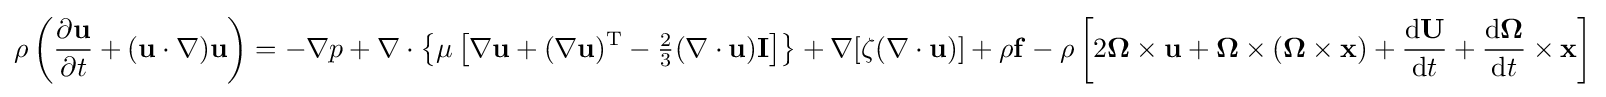
\rho \left({\frac {\partial \mathbf {u} }{\partial t}}+(\mathbf {u} \cdot \nabla )\mathbf {u} \right)=-\nabla p+\nabla \cdot \left\{\mu \left[\nabla \mathbf {u} +(\nabla \mathbf {u} )^{\mathrm {T} }-{\tfrac {2}{3}}(\nabla \cdot \mathbf {u} )\mathbf {I} \right]\right\}+\nabla [\zeta (\nabla \cdot \mathbf {u} )]+\rho \mathbf {f} -\rho \left[2\mathbf {\Omega } \times \mathbf {u} +\mathbf {\Omega } \times (\mathbf {\Omega } \times \mathbf {x} )+{\frac {\mathrm {d} \mathbf {U} }{\mathrm {d} t}}+{\frac {\mathrm {d} \mathbf {\Omega } }{\mathrm {d} t}}\times \mathbf {x} \right]